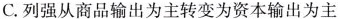
C.列强从商品输出为主转变为资本输出为主